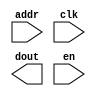
module boxDstRom(
	addr,
	clk,
	dout,
	en);


input [9 : 0] addr;
input clk;
output [23 : 0] dout;
input en;

// synthesis translate_off

      BLKMEMSP_V6_2 #(
		.c_addr_width(10),
		.c_default_data("0"),
		.c_depth(1024),
		.c_enable_rlocs(0),
		.c_has_default_data(0),
		.c_has_din(0),
		.c_has_en(1),
		.c_has_limit_data_pitch(0),
		.c_has_nd(0),
		.c_has_rdy(0),
		.c_has_rfd(0),
		.c_has_sinit(0),
		.c_has_we(0),
		.c_limit_data_pitch(18),
		.c_mem_init_file("boxDstRom.mif"),
		.c_pipe_stages(0),
		.c_reg_inputs(0),
		.c_sinit_value("0"),
		.c_width(24),
		.c_write_mode(0),
		.c_ybottom_addr("0"),
		.c_yclk_is_rising(1),
		.c_yen_is_high(1),
		.c_yhierarchy("hierarchy1"),
		.c_ymake_bmm(0),
		.c_yprimitive_type("16kx1"),
		.c_ysinit_is_high(1),
		.c_ytop_addr("1024"),
		.c_yuse_single_primitive(0),
		.c_ywe_is_high(1),
		.c_yydisable_warnings(1))
	inst (
		.ADDR(addr),
		.CLK(clk),
		.DOUT(dout),
		.EN(en),
		.DIN(),
		.ND(),
		.RFD(),
		.RDY(),
		.SINIT(),
		.WE());


// synthesis translate_on

// XST black box declaration
// box_type "black_box"
// synthesis attribute box_type of boxDstRom is "black_box"

endmodule